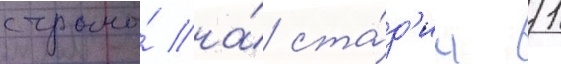
страны́ на́ ста́д'ии 1/